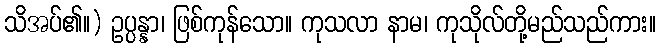
သိအပ်၏။) ဥပ္ပန္နာ၊ ဖြစ်ကုန်သော။ ကုသလာ နာမ၊ ကုသိုလ်တို့မည်သည်ကား။